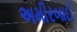
અમીરબાઈ